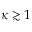
\kappa \gtrsim 1